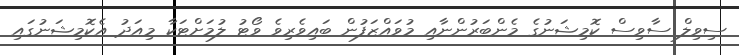
ސިވިލް ސާވިސް ކޮމިޝަނުގެ މެންބަރުންނާއި މުވައްޒަފުން ބައިވެރިވެ ވޯޓު ލުމަށްޓަކާ މިއަދު އެކޮމިޝަނުގައި